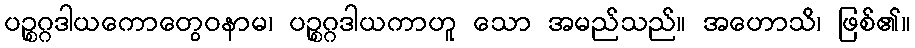
ပဉ္စဂ္ဂဒါယကောတွေဝနာမ၊ ပဉ္စဂ္ဂဒါယကာဟူ သော အမည်သည်။ အဟောသိ၊ ဖြစ်၏။